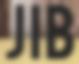
JIB